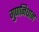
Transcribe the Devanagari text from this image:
गुणनिधान